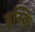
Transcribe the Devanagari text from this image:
इस्कि